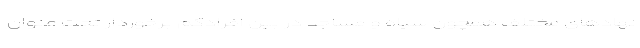
نهادهای مختلف همچون سپاه و مساجد در بین افرادکم برخوردار تحت عنوان